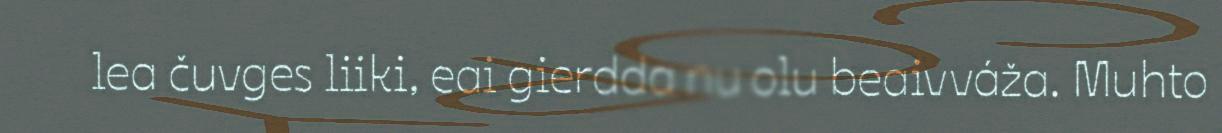
lea čuvges liiki, eai gierdda nu olu beaivváža. Muhto